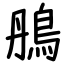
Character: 鴅